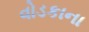
વોડકાના